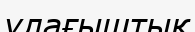
улағыштық